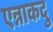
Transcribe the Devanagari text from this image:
एन्नाकदु